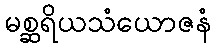
မစ္ဆရိယသံယောဇနံ